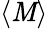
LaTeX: \langle\mathit{M}\rangle